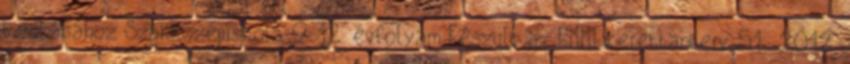
tanításához Szakközépiskola 9-12. évfolyam Készült az EMMI kerettanterv 51 2012.